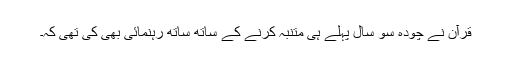
قرآن نے چودہ سو سال پہلے ہی متنبہ کرنے کے ساتھ ساتھ رہنمائی بھی کی تھی کہ۔